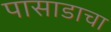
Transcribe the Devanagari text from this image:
पासाडाचा